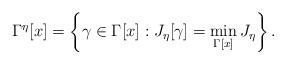
LaTeX: \begin{align*}\Gamma^\eta[x]=\left\{ \gamma\in\Gamma[x]:J_\eta[\gamma]=\min_{\Gamma[x]} J_\eta\right\}.\end{align*}